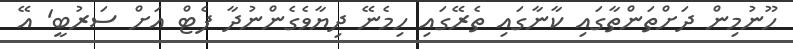
ހޫނުމިން ދަށްތަންތާގައި ކާނާގައި ތެރޭގައި ހިމެނޭ ދިޔާވެގެންނުދާ ފެޓް އަށް ސަރުބީ' އޭ